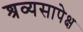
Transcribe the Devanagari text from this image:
श्रव्यसापेक्ष